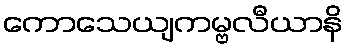
ကောသေယျကမ္ဗလီယာနိ